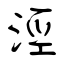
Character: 涇